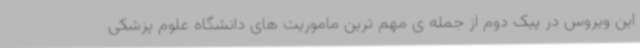
این ویروس در پیک دوم از جمله ی مهم ترین ماموریت های دانشگاه علوم پزشکی